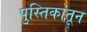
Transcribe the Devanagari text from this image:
पुस्तिकांतून